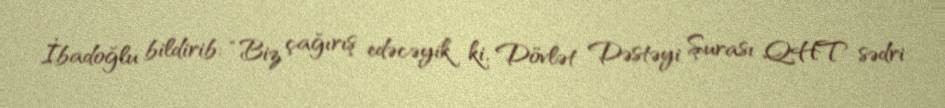
İbadoğlu bildirib: “Biz çağırış edəcəyik ki, Dövlət Dəstəyi Şurası QHT sədri